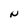
Character: N